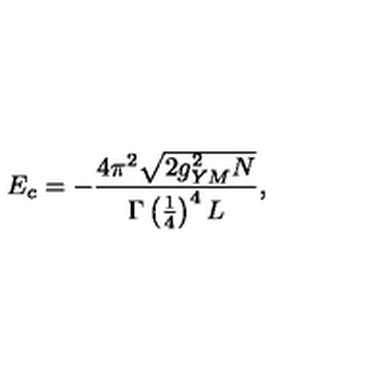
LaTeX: E _ { c } = - \frac { 4 \pi ^ { 2 } \sqrt { 2 g _ { Y M } ^ { 2 } N } } { \Gamma \left( \frac { 1 } { 4 } \right) ^ { 4 } L } ,